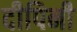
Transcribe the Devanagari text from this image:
दीपिनी